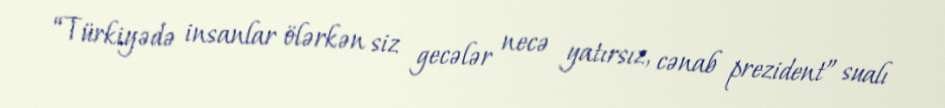
“Türkiyədə insanlar ölərkən siz gecələr necə yatırsız, cənab prezident” sualı